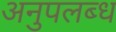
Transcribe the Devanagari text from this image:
अनुपलब्‍ध